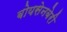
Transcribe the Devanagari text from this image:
बोयसेनबेरी